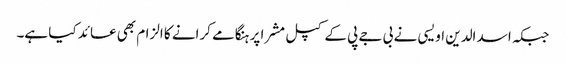
جبکہ اسد الدین اویسی نے بی جے پی کے کپل مشرا پر ہنگامے کرانے کا الزام بھی عائد کیا ہے۔